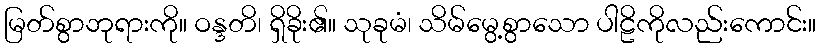
မြတ်စွာဘုရားကို။ ဝန္ဒတိ၊ ရှိခိုး၏။ သုခုမံ၊ သိမ်မွေ့စွာသော ပါဠိကိုလည်းကောင်း။